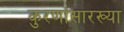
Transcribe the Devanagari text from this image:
कुरणांसारख्या